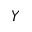
Y